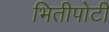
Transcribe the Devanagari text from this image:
भितीपोटी